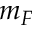
m _ { F }